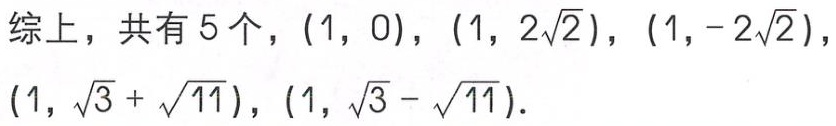
综上，共有 5 个，$(1,0)$，$(1,2\sqrt{2})$，$(1,-2\sqrt{2})$，$(1,\sqrt{3}+\sqrt{11})$，$(1,\sqrt{3}-\sqrt{11})$。